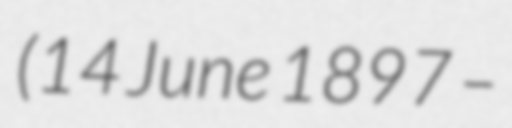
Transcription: (14 June 1897 –